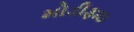
મોડીફાઇ